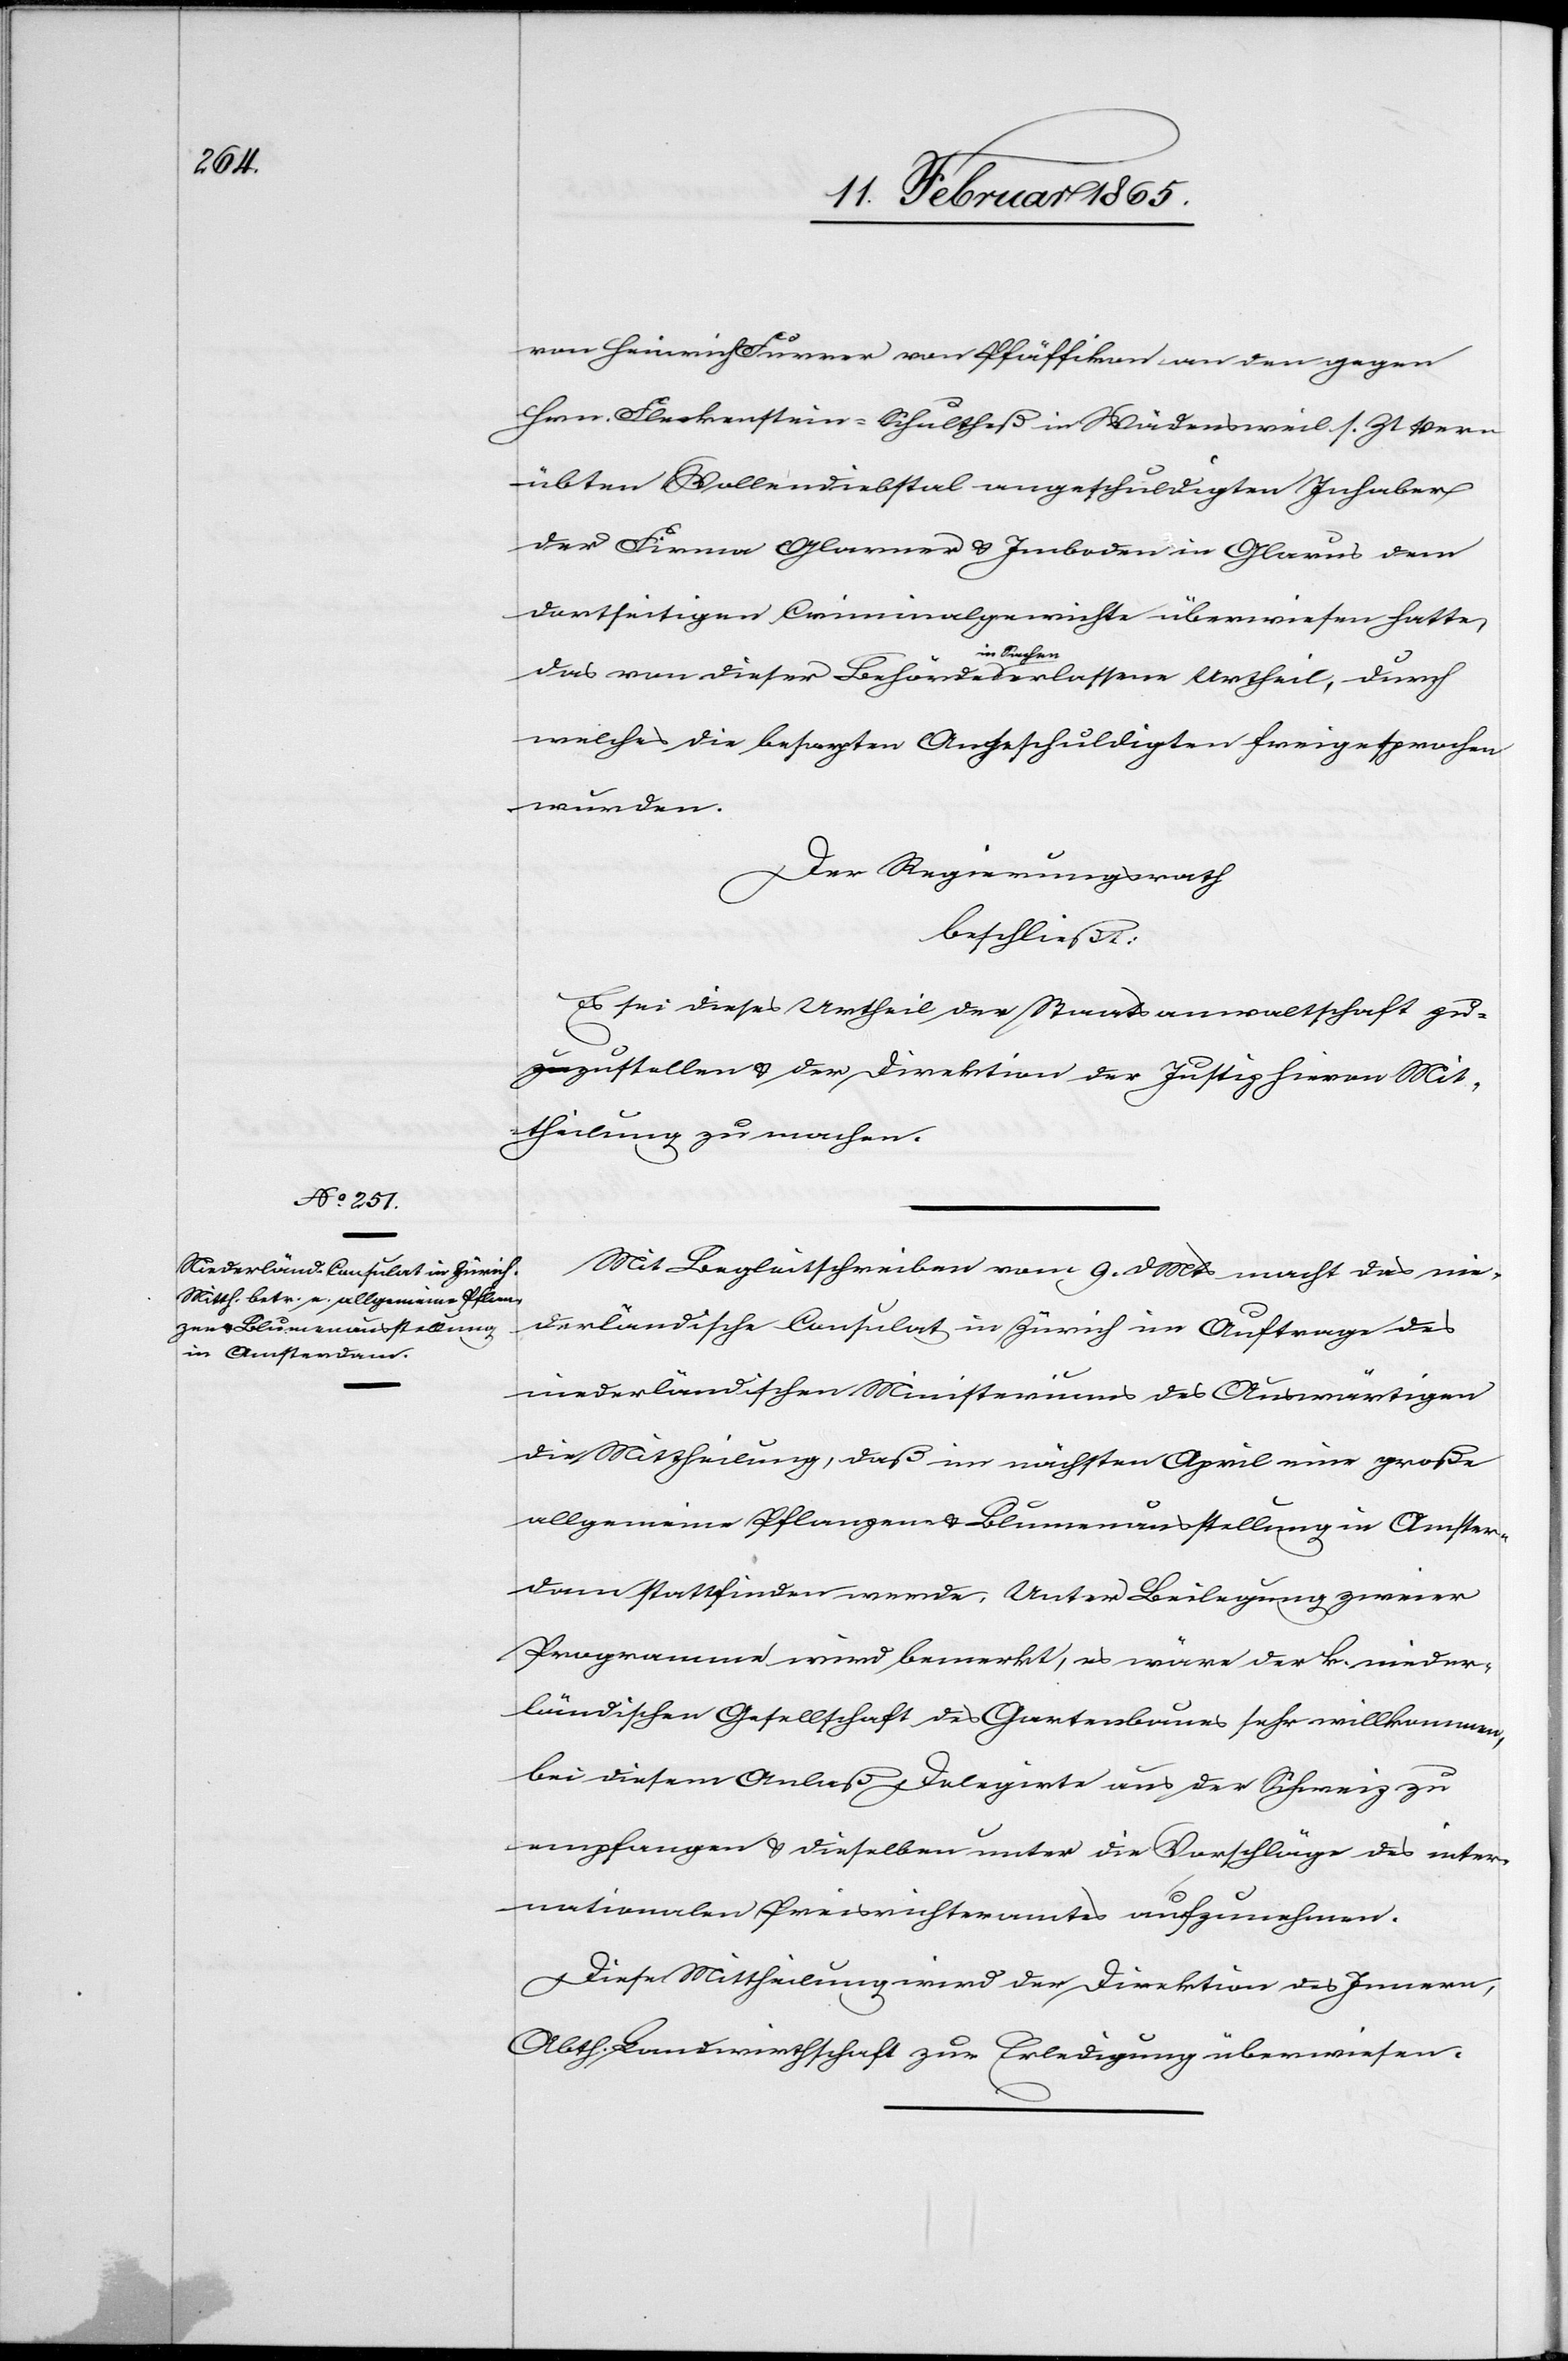
von Heinrich Furrer von Pfäffikon an den gegen
Hrn. Fleckenstein-Schultheß in Wädensweil s. Zt ver¬
übten Wollendiebstal angeschuldigten Inhaber
der Firma Glarner u. Imboden in Glarus dem
dortseitigen Criminalgerichte überwiesen hatte,
das von dieser Behörde in Sachen erlassene Urtheil, durch
welches die besagten Angeschuldigten freigesprochen
wurden.
Der Regierungsrath
beschließt:
Es sei dieses Urtheil der Staatsanwaltschaft z¬
uzustellen u. der Direktion der Justiz hievon Mit¬
theilung zu machen.
Mit Begleitschreiben vom 9. d Mts macht das nie¬
derländische Consulat in Zürich im Auftrage des
niederländischen Minsteriums des Auswärtigen
die Mittheilung, daß im nächsten April eine große
allgemeine Pflanzen- u. Blumenausstellung in Amster¬
dam stattfinden werde. Unter Beilegung zweier
Programme wird bemerkt, es wäre der k. nieder¬
ländischen Gesellschaft des Gartenbaues sehr willkommen,
bei diesem Anlaß Delegirte aus der Schweiz zu
empfangen u. dieselben unter die Vorschläge des inter¬
nationalen Preisrichteramtes aufzunehmen.
Diese Mittheilung wird der Direktion des Innern,
Abth. Landwirthschaft zur Erledigung überwiesen.